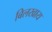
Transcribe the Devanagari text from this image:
बिलखाय